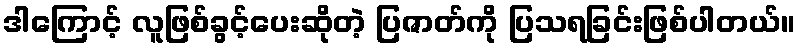
ဒါကြောင့် လူဖြစ်ခွင့်ပေးဆိုတဲ့ ပြဇာတ်ကို ပြသရခြင်းဖြစ်ပါတယ်။